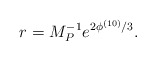
\begin{align*}r = M_P^{-1} e^{2\phi^{(10)}/3}.\end{align*}